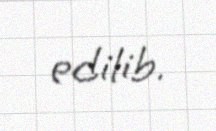
edilib.